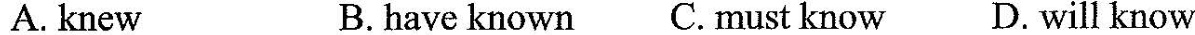
A. knew B. have known C. must know D. will know